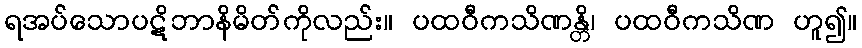
ရအပ်သောပဋိဘာနိမိတ်ကိုလည်း။ ပထဝီကသိဏန္တိ၊ ပထဝီကသိဏ ဟူ၍။